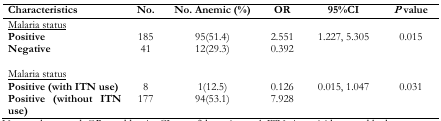
| Characteristics | No. | No. Anemic (%) | OR | 95%CI | P value |
 | --- | --- | --- | --- | --- | --- |
 | <COLSPAN=6> <underline>Malaria status</underline> |
 | Positive | 185 | 95(51.4) | 2.551 | 1.227, 5.305 | 0.015 |
 | Negative | 41 | 12(29.3) | 0.392 |  |  |
 | <COLSPAN=6> <underline>Malaria status</underline> |
 | Positive (with ITN use) | 8 | 1(12.5) | 0.126 | 0.015, 1.047 | 0.031 |
 | Positive (without ITN use) | 177 | 94(53.1) | 7.928 |  |  |